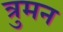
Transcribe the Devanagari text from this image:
त्रुमन